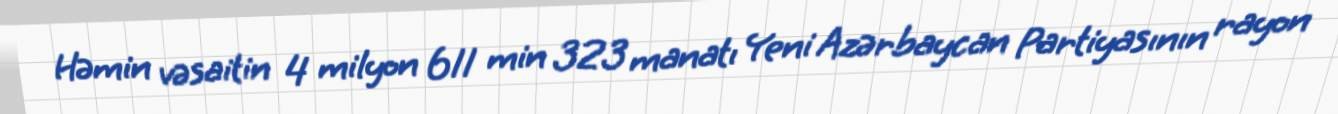
Həmin vəsaitin 4 milyon 611 min 323 manatı Yeni Azərbaycan Partiyasının rayon